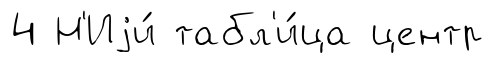
4 Н'Иjи́ табл'и́ца центр